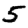
Digit: 5